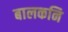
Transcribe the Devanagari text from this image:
बालकनि